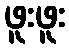
ဖူးဖူး